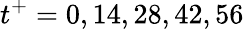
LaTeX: t^{+}=0,14,28,42,56